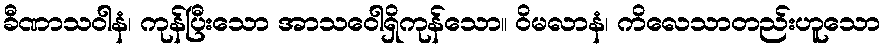
ခီဏာသဝါနံ၊ ကုန်ပြီးသော အာသဝေါရှိကုန်သော။ ဝိမလာနံ၊ ကိလေသာတည်းဟူသော